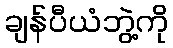
ချန်ပီယံဘွဲ့ကို